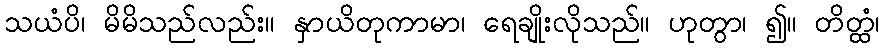
သယံပိ၊ မိမိသည်လည်း။ နှာယိတုကာမာ၊ ရေချိုးလိုသည်။ ဟုတွာ၊ ၍။ တိတ္ထံ၊